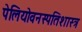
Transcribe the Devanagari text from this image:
पेलियोवनस्पतिशास्त्र